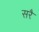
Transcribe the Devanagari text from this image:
सरै